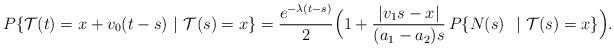
LaTeX: \begin{align*}P \lbrace \mathcal{T}(t) = x+v_0(t-s) \ |\ \mathcal{T}(s) =x\rbrace = \frac{e^{-\lambda (t-s)}}{2} \Bigl( 1+ \frac{|v_1s-x|}{(a_1-a_2)s}\, P\lbrace N(s)\ \ |\ \mathcal{T}(s) = x\rbrace \Bigr).\end{align*}